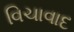
વિચાવાદ